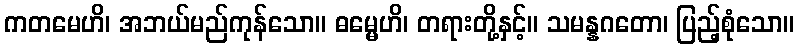
ကတမေဟိ၊ အဘယ်မည်ကုန်သော။ ဓမ္မေဟိ၊ တရားတို့နှင့်။ သမန္နဂတော၊ ပြည့်စုံသော။